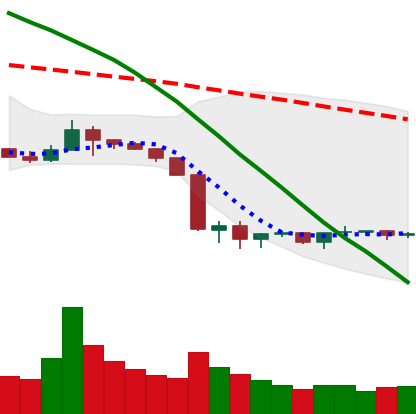
Ticker: BNB-USD
Chart end date: 2019-10-04
Forward return: 13.021%
Label: up_7plus